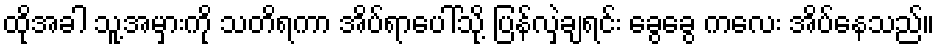
ထိုအခါ သူ့အမှားကို သတိရကာ အိပ်ရာပေါ်သို့ ပြန်လှဲချရင်း ခွေခွေ ကလေး အိပ်နေသည်။